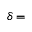
\delta =